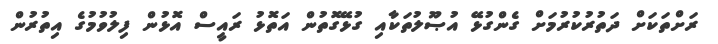
ރަށްތަކަށް ދަތުރުކުރުމަށް ގެންގުޅޭ އުޞޫލުތަކާއި ގުޅޭގޮތުން އަތޮޅު ރައީސް އޮޅުން ފިލުވުމުގެ އިތުރުން